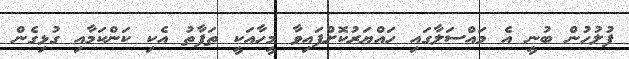
ފުލުހުން ބުނީ އެ މައްސަލާގައި ހައްޔަރުކޮށްފައިވާ މީހާއަކީ ތަފާތު އެކި ކަންކަމާއި ގުޅިގެން